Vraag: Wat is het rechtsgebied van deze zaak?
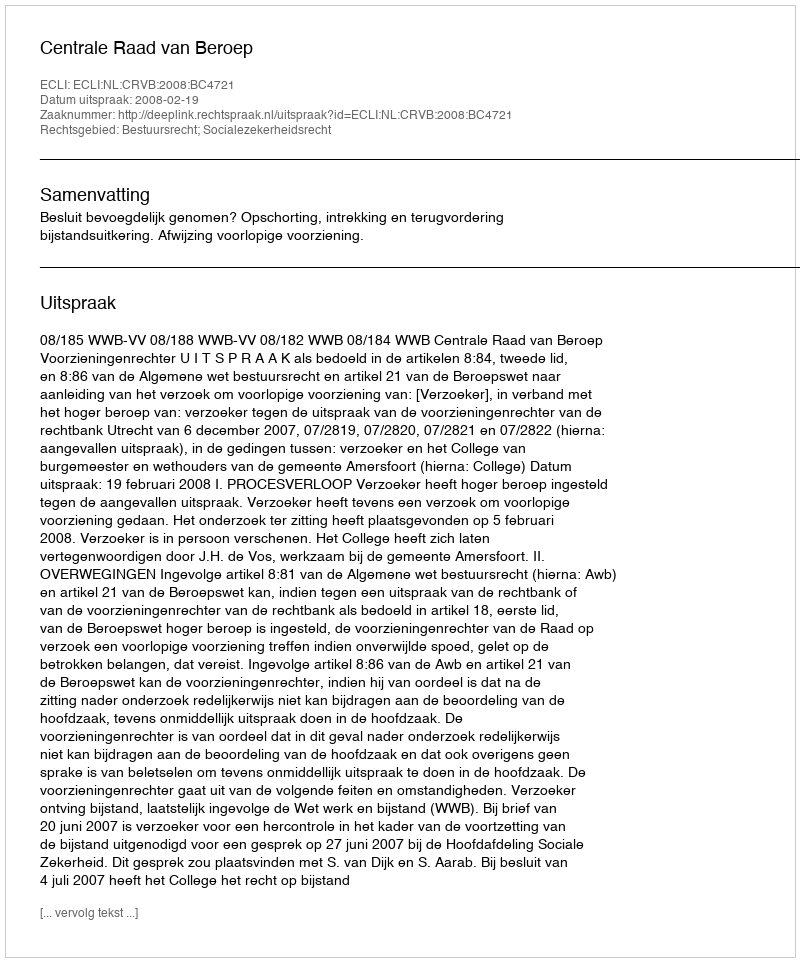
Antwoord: Bestuursrecht; Socialezekerheidsrecht